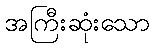
အကြီးဆုံးသော